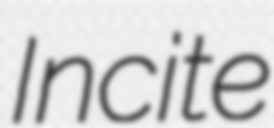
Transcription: Incite